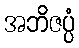
အဘိဇပ္ပံ